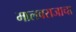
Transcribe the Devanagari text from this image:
मालवराजाचा